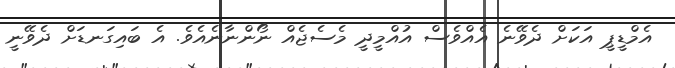
އެމްޑީޕީ އަކަށް ދެވޭނެ އެއްވެސް އުއްމީދީ މެސެޖެއް ނޯންނާނެއެވެ. އެ ބައިގަނޑަށް ދެވޭނީ